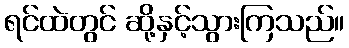
ရင်ထဲတွင် ဆို့နှင့်သွားကြသည်။